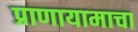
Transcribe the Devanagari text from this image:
प्राणायामाचा